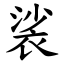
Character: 裟